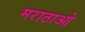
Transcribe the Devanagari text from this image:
मराठाओ